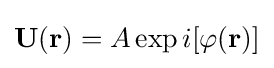
\mathbf {U} (\mathbf {r} )=A\exp {i[\varphi (\mathbf {r} )]}